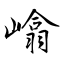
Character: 嶖